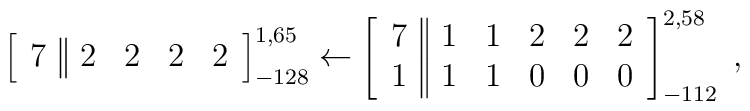
\left[  \begin{array}{c||cccc} 7 &2&2&2&2  \end{array}\right]^{1,65}_{-128} \leftarrow\left[  \begin{array}{c||ccccc} 7 &1&1&2&2&2 \\ 1 &1&1&0&0&0   \end{array}\right]^{2,58}_{-112} \; ,